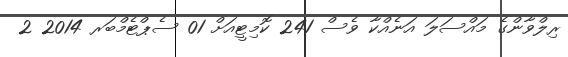
ރިލްވާންގެ މައްސަލަ އަނެއްކާ ވެސް 241 ކޮމިޓީއަށް 01 ސެޕްޓެމްބަރ 2014 2